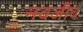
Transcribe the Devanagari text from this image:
नवजीव